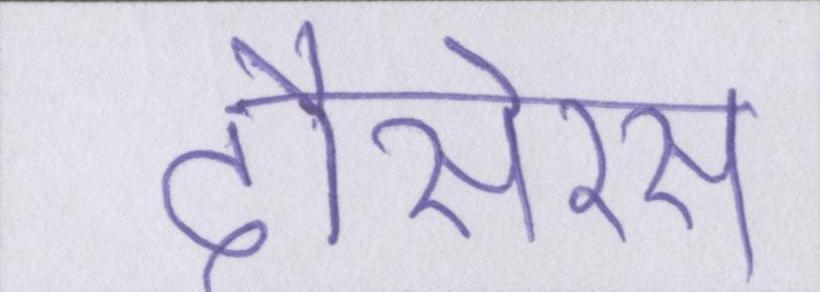
दौसेरस